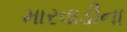
મારવાડીના